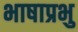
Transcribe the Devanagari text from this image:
भाषाप्रभु